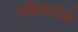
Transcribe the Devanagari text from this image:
वहिवाटीचे